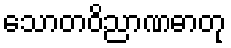
သောတဝိညာဏဓာတု